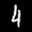
Label: 4